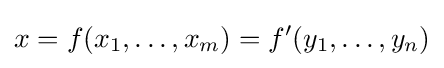
x=f(x_{1},\ldots ,x_{m})=f'(y_{1},\ldots ,y_{n})